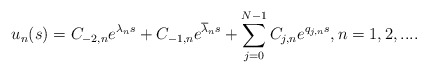
\begin{align*}u_n(s)=C_{-2,n}e^{\lambda_ns}+C_{-1,n}e^{\overline{\lambda}_ns}+\sum\limits_{j=0}^{N-1}C_{j,n}e^{q_{j,n}s},n=1,2,....\end{align*}